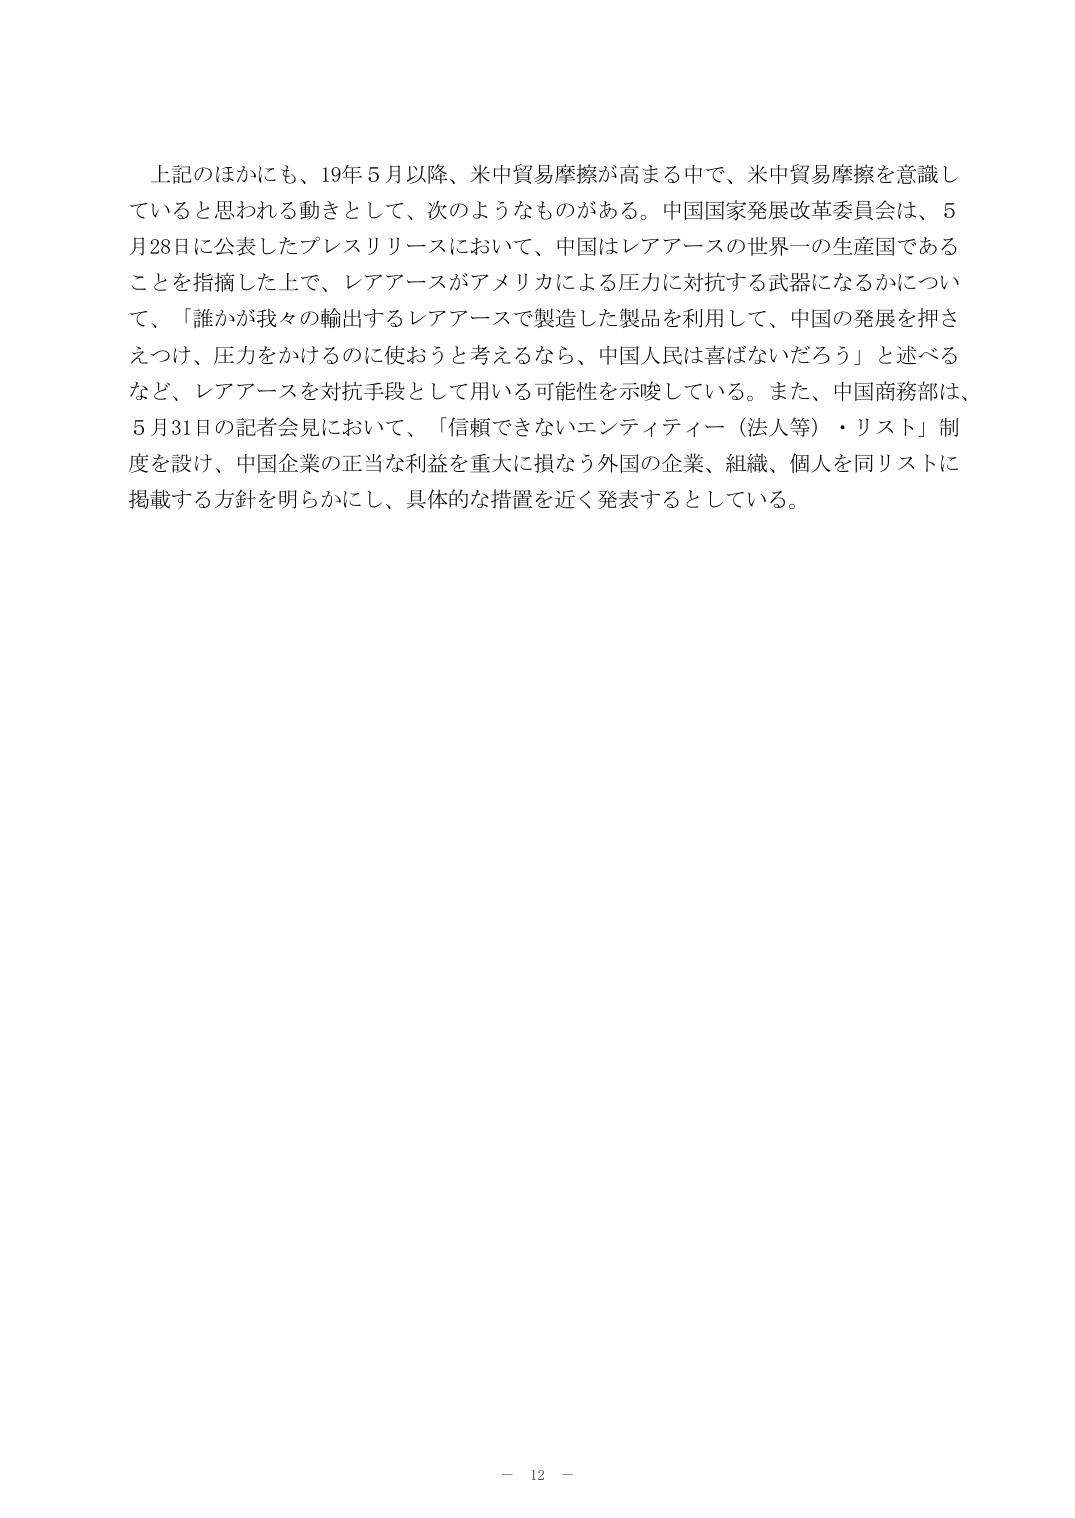
上記のほかにも、19年5月以降、米中貿易摩擦が高まる中で、米中貿易摩擦を意識していると思われる動きとして、次のようなものがある。中国国家発展改革委員会は、5月28日に公表したプレスリリースにおいて、中国はレアアースの世界一の生産国であることを指摘した上で、レアアースがアメリカによる圧力に対抗する武器になるかについて、「誰かが我々の輸出するレアアースで製造した製品を利用して、中国の発展を押さえつけ、圧力をかけるのに使おうと考えるなら、中国人民は喜ばないだろう」と述べるなど、レアアースを対抗手段として用いる可能性を示唆している。また、中国商務部は、5月31日の記者会見において、「信頼できないエンティティ（法人等）・リスト」制度を設け、中国企業の正当な利益を重大に損なう外国の企業、組織、個人を同リストに掲載する方針を明らかにし、具体的な措置を近く発表するとしている。

－ 12 －